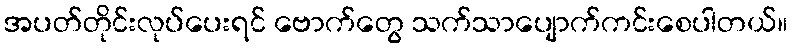
အပတ်တိုင်းလုပ်ပေးရင် ဗောက်တွေ သက်သာပျောက်ကင်းစေပါတယ်။